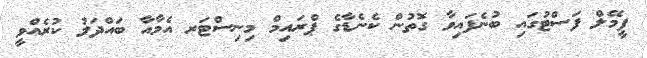
ފީމޭލް ފަސްޓުގައި ބުނެފައިވާ ގޮތުން ކެނެޑާގެ ޕްރައިމް މިނިސްޓަރ އެމާއާ ބައްދަލު ކުރެއްވީ